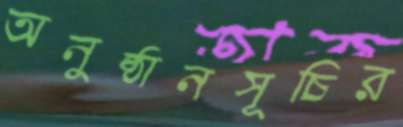
অনুষ্ঠানসূচির